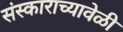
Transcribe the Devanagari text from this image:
संस्काराच्यावेळी